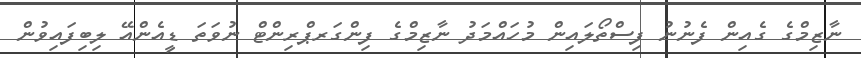
ނާޒިމްގެ ގެއިން ފެނުނު ފިސްތޯލައިން މުހައްމަދު ނާޒިމްގެ ފިންގަރޕްރިންޓް ނުވަތަ ޑީއެންއޭ ލިބިފައިވުން